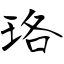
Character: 珞